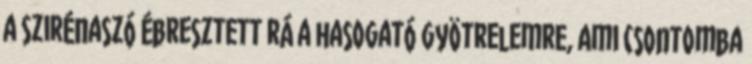
a szirénaszó ébresztett rá a hasogató gyötrelemre, ami csontomba